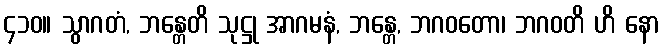
၄၁၀။ သွာဂတံ, ဘန္တေတိ သုဋ္ဌု အာဂမနံ, ဘန္တေ, ဘဂဝတော၊ ဘဂဝတိ ဟိ နော